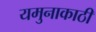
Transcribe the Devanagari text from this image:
यमुनाकाठी